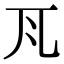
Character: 𭀝